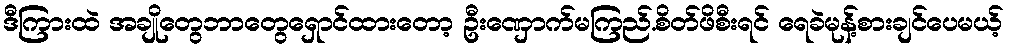
ဒီကြားထဲ အချိုတွေဘာတွေရှောင်ထားတော့ ဦးဏှောက်မကြည်.စိတ်ဖိစီးရင် ရေခဲမုန့်စားချင်ပေမယ့်